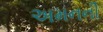
અમનની